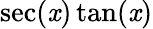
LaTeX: \sec(\mathit{x})\tan(\mathit{x})